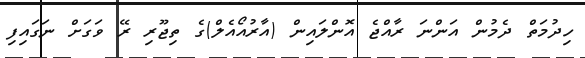
ހިދުމަތް ދެމުން އަންނަ ރާއްޖެ އޮންލައިން (އާރުއޯއެލް)ގެ ތިޖޫރި ރޭ ވަގަށް ނަގައިފި